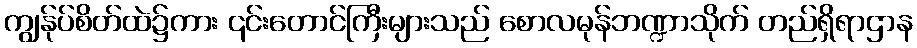
ကျွန်ုပ်စိတ်ထဲ၌ကား ၎င်းတောင်ကြီးများသည် စောလမုန်ဘဏ္ဍာသိုက် တည်ရှိရာဌာန